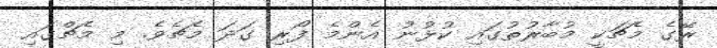
ރޭގެ މެޗަކީ މުބާރުތުގައި ކުޅުނު އެންމެ ފޯރި ގަދަ މެޗެވެ. މި މެޗްގައި